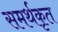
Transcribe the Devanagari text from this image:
समर्थकृत